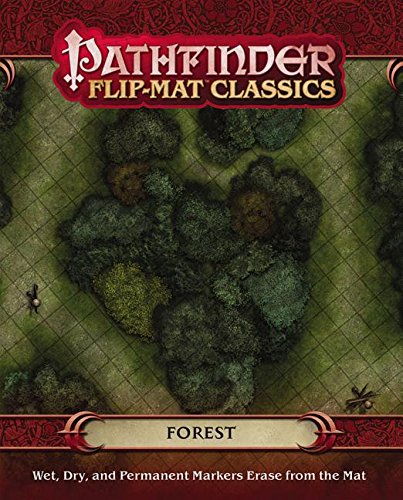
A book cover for Pathfinder Flip-Mat Classics: Forest; Stephen Radney-Macfarland; Science Fiction & Fantasy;